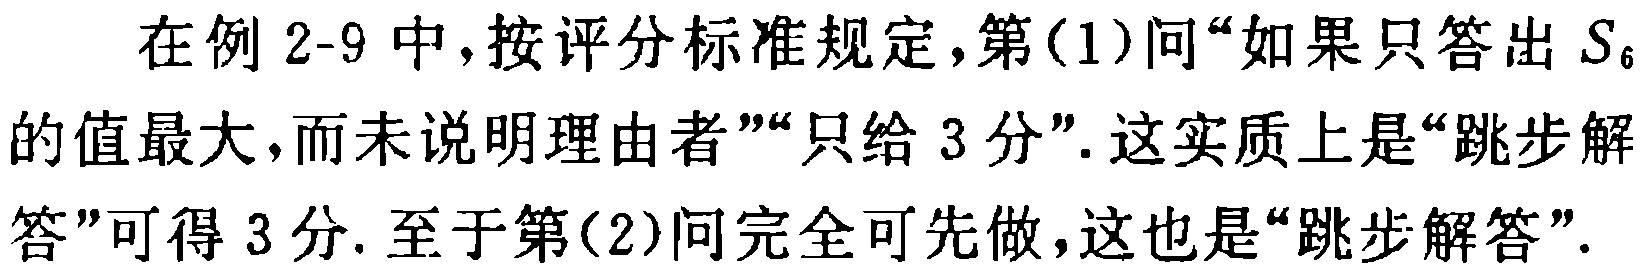
在例 2-9 中，按评分标准规定，第(1)问“如果只答出 \(S_{6}\)的值最大，而未说明理由者”“只给 3 分”. 这实质上是“跳步解答”可得 3 分. 至于第(2)问完全可先做，这也是“跳步解答”.